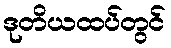
ဒုတိယထပ်တွင်